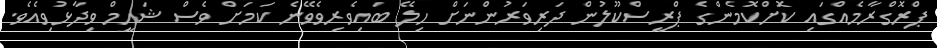
ޕްރޮގްރާމެއްގައި ކޮަށްކޮމެންގެ ޕްރީސްކޫލުން ދަރިވަރުންނަށް ހިލޭ ބައިވެރިވެވޭނެ ކަމަށް ވެސް ޝަހީމް ވިދާޅުވިއެވެ.